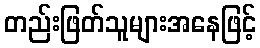
တည်းဖြတ်သူများအနေဖြင့်